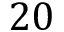
2 0